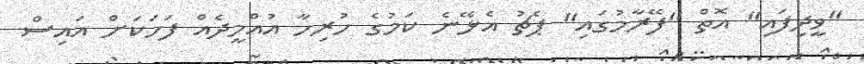
"ވީދިފައި" އޮތް "ފޭރާމުގައި" ޕެޗު އެޅޭނެ ކަމުގެ ހުރިހާ އުއްމީދެއް ފަހަކަށް އައިސް